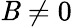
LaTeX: \mathit{B}\ne0